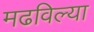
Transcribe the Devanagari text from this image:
मढविल्या